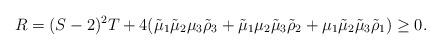
LaTeX: \begin{align*} R = (S - 2)^2 T + 4(\tilde{\mu}_1 \tilde{\mu}_2 \mu_3 \tilde{\rho}_3 + \tilde{\mu}_1 \mu_2 \tilde{\mu}_3 \tilde{\rho}_2 + \mu_1 \tilde{\mu}_2 \tilde{\mu}_3 \tilde{\rho}_1) \geq 0. \end{align*}